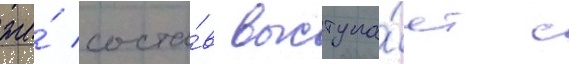
же́ соста́в выступа́ет с